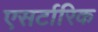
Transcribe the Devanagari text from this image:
एसर्टारिक